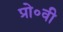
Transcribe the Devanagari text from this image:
प्रो॰वी